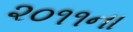
૨૦૧૧ના